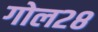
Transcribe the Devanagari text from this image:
गोल२८